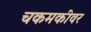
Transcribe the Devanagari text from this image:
चकमकीवर